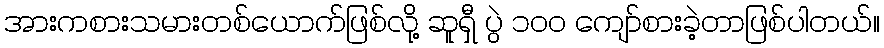
အားကစားသမားတစ်ယောက်ဖြစ်လို့ ဆူရှီ ပွဲ ၁၀၀ ကျော်စားခဲ့တာဖြစ်ပါတယ်။